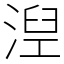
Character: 湼